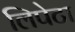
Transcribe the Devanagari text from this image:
लिपेटा